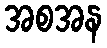
အစအန